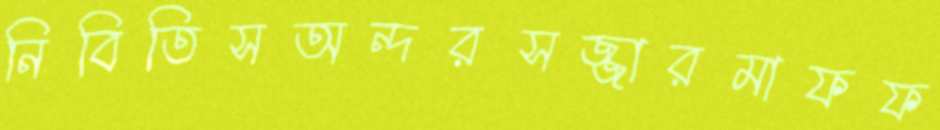
নিবিতিসঅন্দরসজ্জারমাফফ